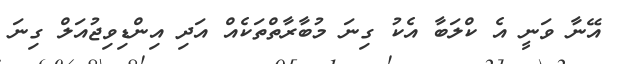
އޭނާ ވަނީ އެ ކްލަބާ އެކު ގިނަ މުބާރާތްތަކެއް އަދި އިންޑިވިޖުއަލް ގިނަ